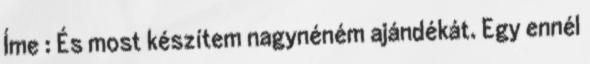
Íme : És most készítem nagynéném ajándékát. Egy ennél